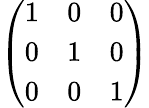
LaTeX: \left(\begin{array}{lll}{1}&{0}&{0}\\ {0}&{1}&{0}\\ {0}&{0}&{1}\end{array}\right)